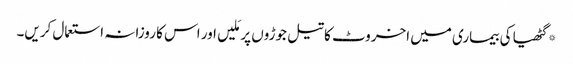
*گٹھیا کی بیماری میں اخروٹ کا تیل جوڑوں پر مَلیں اور اس کا روزانہ استعمال کریں۔